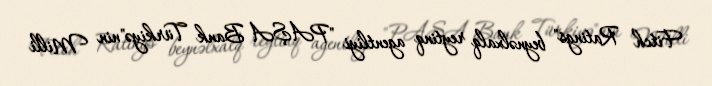
Fitch Ratings" beynəlxalq reytinq agentliyi "PAŞA Bank Türkiyə"nin Milli